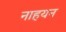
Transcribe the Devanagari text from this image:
नाहयन